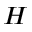
H